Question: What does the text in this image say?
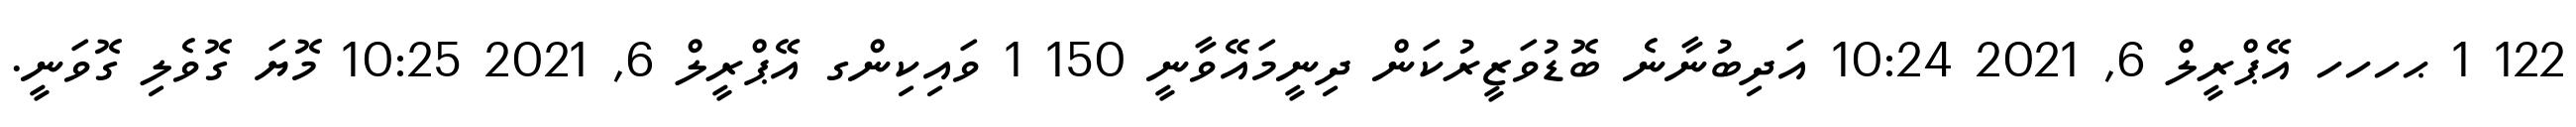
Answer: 122 1 ޙހހހ އޭޕްރީލް 6, 2021 10:24 އަދިބުނާނެ ބޮޑުވަޒީރުކަން ދިނީމައޭވާނީ 150 1 ވައިކިންގ އޭޕްރީލް 6, 2021 10:25 މޮޔަ ގޮވެލި ގޮވަނީ.